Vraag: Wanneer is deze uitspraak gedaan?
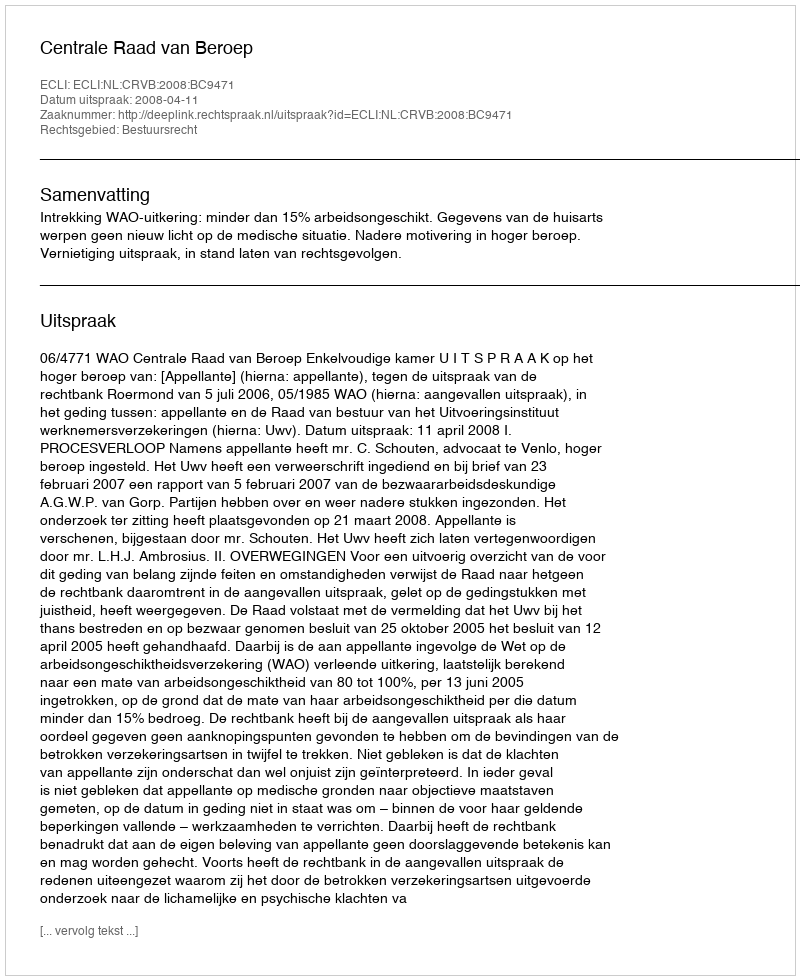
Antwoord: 2008-04-11